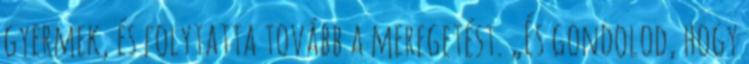
gyermek, és folytatta tovább a meregetést. „És gondolod, hogy